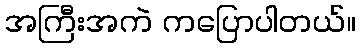
အကြီးအကဲ ကပြောပါတယ်။